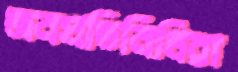
জনপ্রতিনিধিরা